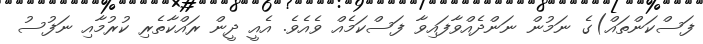
ފަސްކަންތައް)ގެ ނަމުން ނަންދެއްވާފައިވާ ފަސްކަމެއް ވެއެވެ. އެއީ ދީން ރައްކާތެރި ކުރުމާއި ނަފުސު